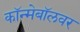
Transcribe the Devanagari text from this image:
कॉन्मेबॉलवर